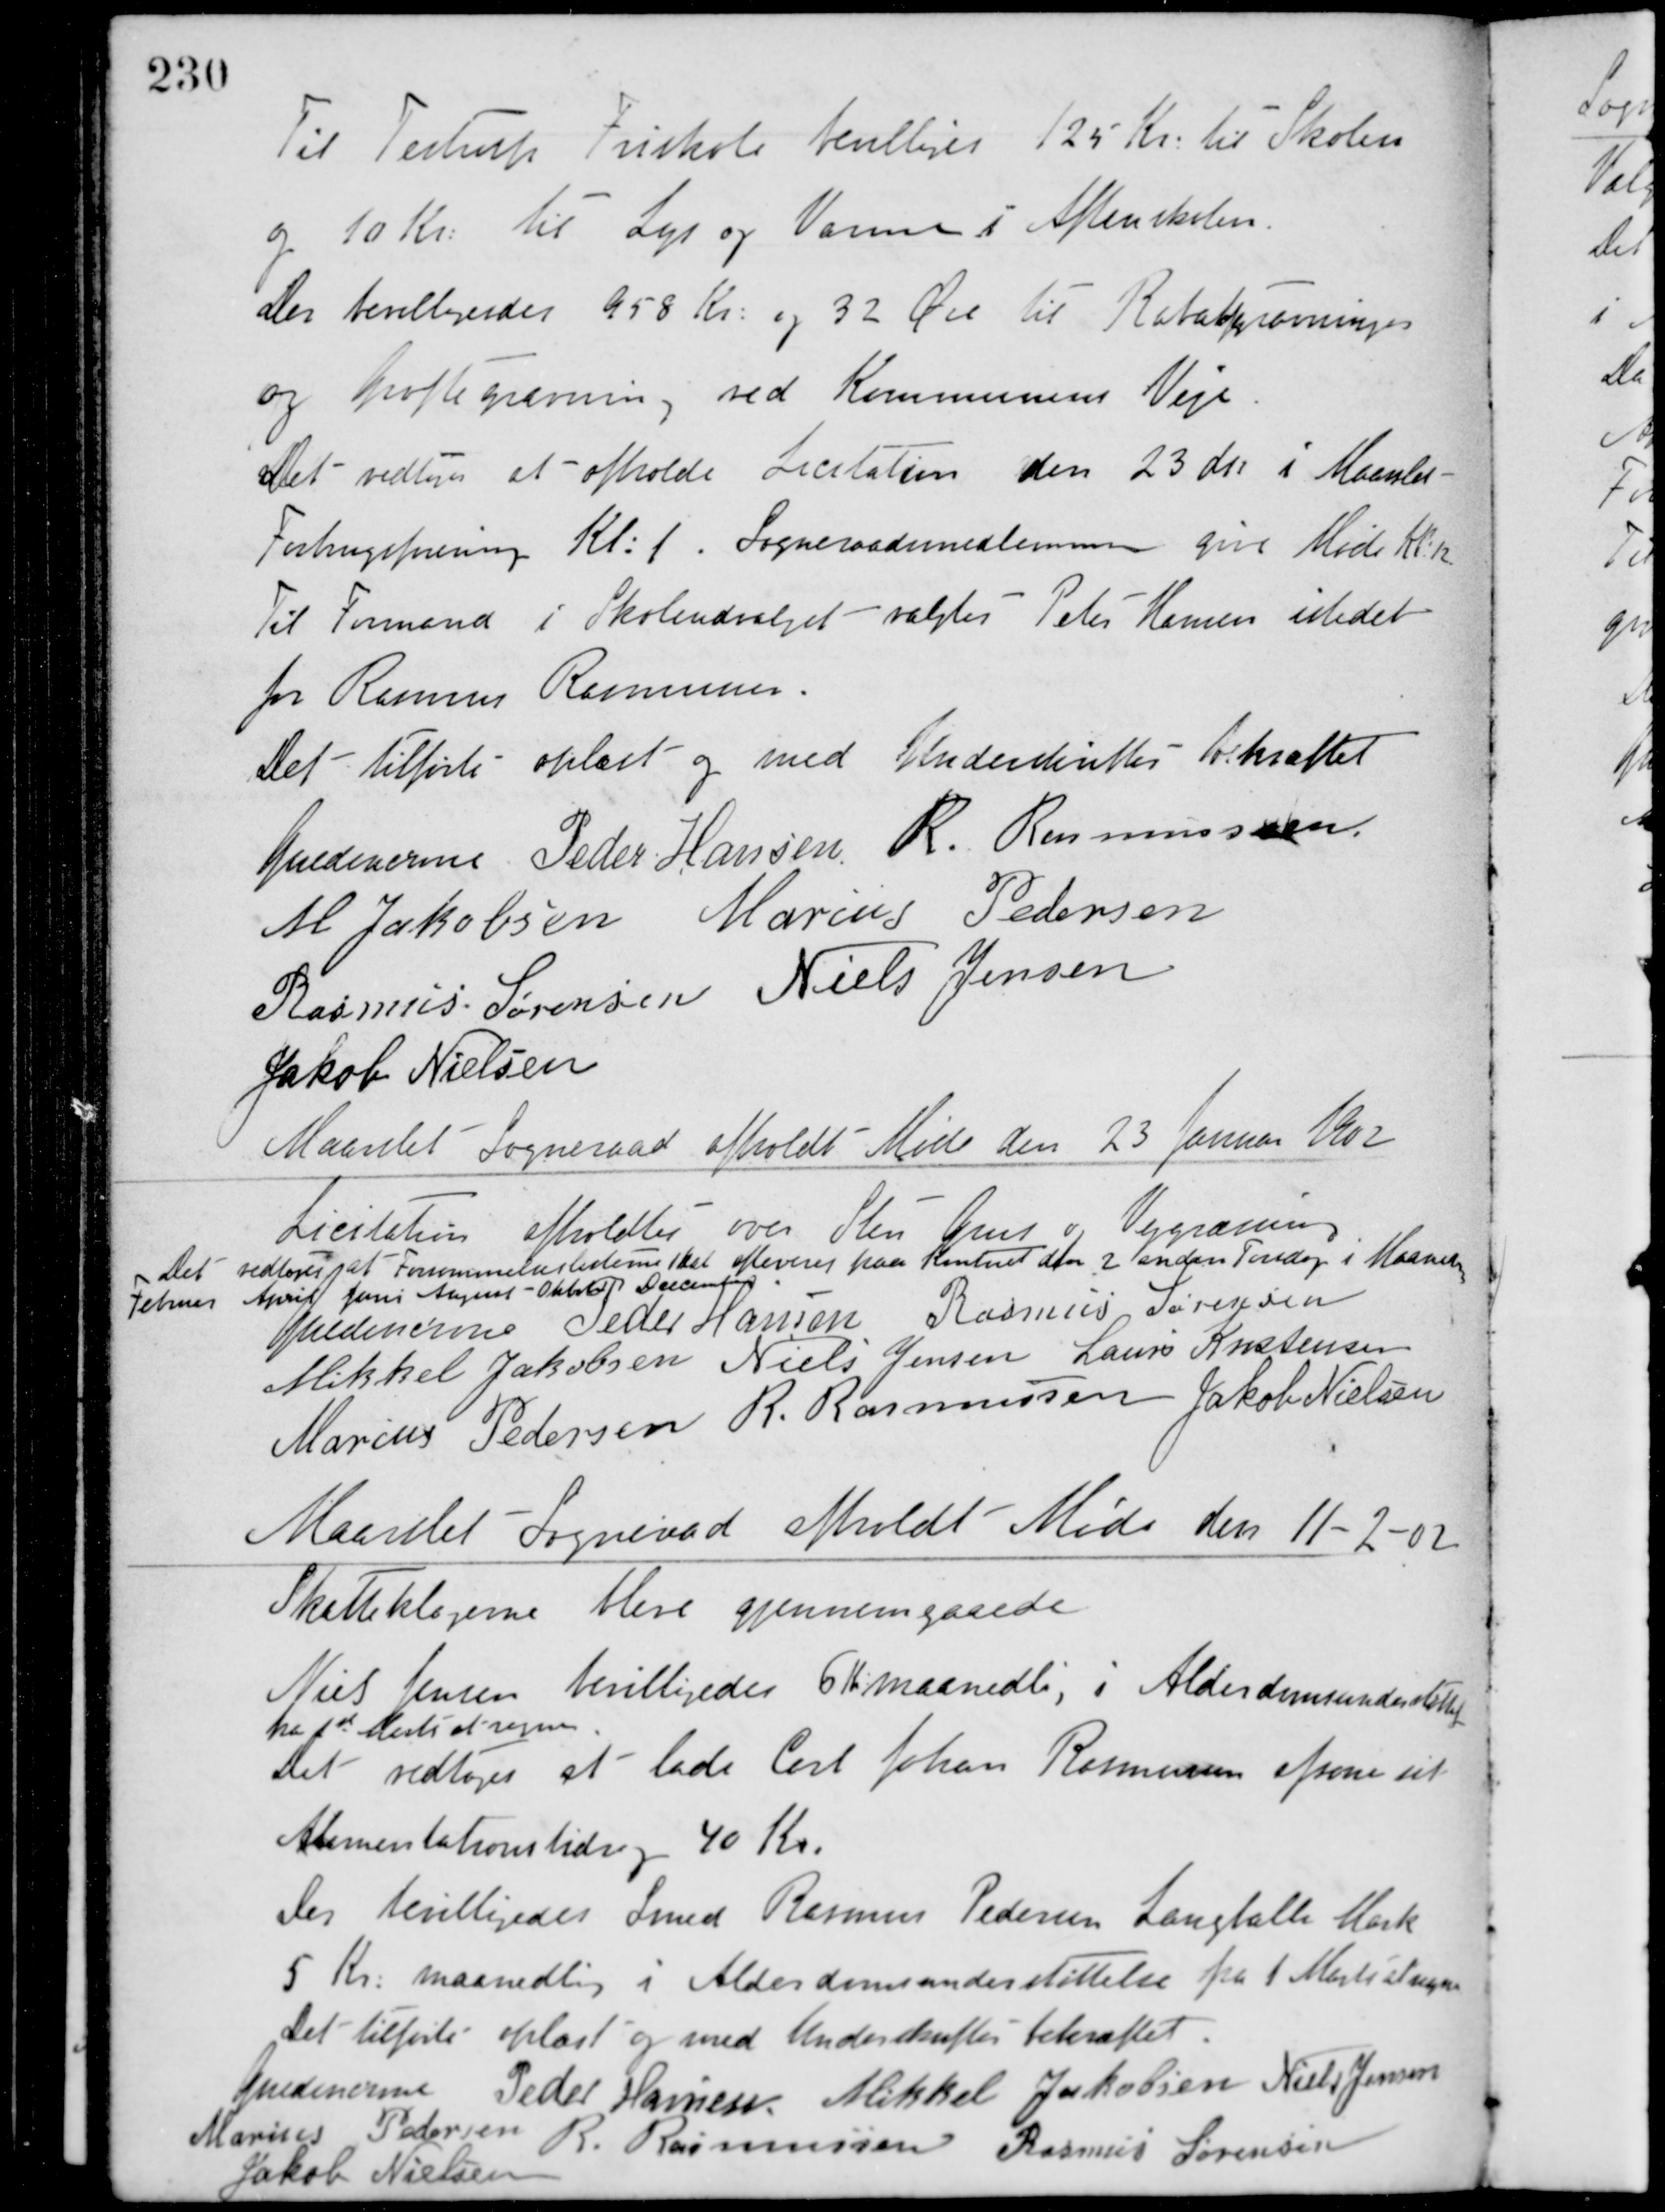
Transskription:
Til Testrup Friskole bevilliges 125 Kr. til Skolen
og 10 Kr. til Lys og Varme i Aftenskolen.
Der bevilligedes 958 Kr. og 32 Øre til Rabatgravninger
og grøftegravning ved Kommunens Veje.
Det vedtoges at afholde Licitation den 23 ds. i Maarslet
Forbrugsforening Kl. 1. Sogneraadsmedlemmer give Møde Kl. 12.
Til Formand i Skoleudvalget valgtes Peter Hansen istedet
for Rasmus Rasmussen.
Det tilførte oplæst og med Underskrifter bekræftet
Guldencrone Peder Hansen R. Rasmusssen
M. Jakobsen Marius Pedersen
Rasmus Sørensen Niels Jensen
Jakob Nielsen
Maarslet Sogneraad afholdt Møde den 23 Januar 1902
Licitation afholdtes over Sten Grus og Vejgravning.
Det vedtoges at Forsømmelseslisterne skal afleveres paa Kontoret hver 2 anden Torsdag i Maaneden
Februar April Juni August - Oktober December.
Guldencrone Peder Hansen Rasmus Sørensen
Mikkel Jakobsen Niels Jensen Laurs Kristensen
Marius Pedersen R. Rasmussen Jakob Nielsen
Maarslet Sogneråd afholdt Møde den 11-2-02
Skatteklagerne bleve gjennemgaaede.
Nies Jensen bevilligedes 6 Kr.maanedlig i Alderdomsunderstøttelse
fra 1ste Marts at regne.
Det vedtoges at lade Carl Johan Rasmussen afsone sit
Alimentationsbidrag 40 Kr.
Der bevilligedes Smed Rasmus Pedersen Langballe Mark
5 Kr. maanedlig i Alderdomsunderstøttelse fra 1 Marts at regne.
Det tilførte oplæst og med Underskrifter bekræftet
Guldencrone Peder Hansen Mikkel Jakobsen Niels Jensen
Marius Pedersen
R. Rasmussen Rasmus Sørensen
Jakob Nielsen